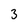
Character: 3